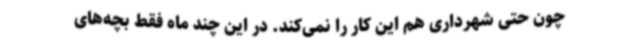
چون حتی شهرداری هم این کار را نمی‌کند. در این چند ماه فقط بچه‌های